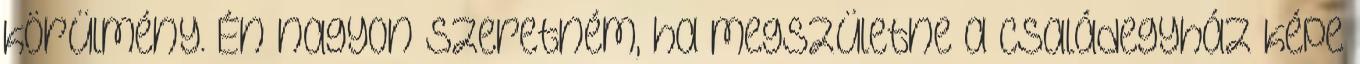
körülmény. Én nagyon szeretném, ha megszületne a családegyház képe